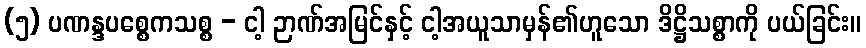
(၅) ပဏန္ဒပစ္စေကသစ္စ - ငါ့ ဉာဏ်အမြင်နှင့် ငါ့အယူသာမှန်၏ဟူသော ဒိဋ္ဌိသစ္စာကို ပယ်ခြင်း။